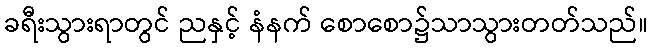
ခရီးသွားရာတွင် ညနှင့် နံနက် စောစော၌သာသွားတတ်သည်။